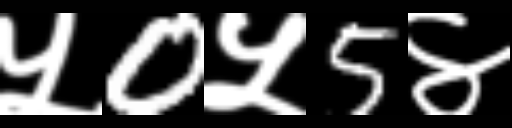
Text: ५0५5४